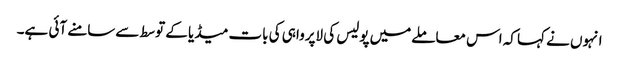
انہوں نے کہا کہ اس معاملےمیں پولیس کی لاپرواہی کی بات میڈیا کے توسط سےسامنے آئی ہے۔